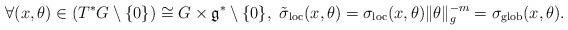
LaTeX: \begin{align*} \forall (x,\theta)\in (T^*G\setminus \{0\})\cong G\times \mathfrak{g}^*\setminus \{0\},\,\, \tilde \sigma_{\textnormal{loc}}(x,\theta)=\sigma_{\textnormal{loc}}(x,\theta)\|\theta\|_g^{-m}= \sigma_{\textnormal{glob}}(x,\theta).\end{align*}